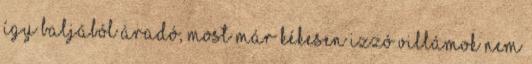
így baljából áradó, most már kékesen izzó villámok nem